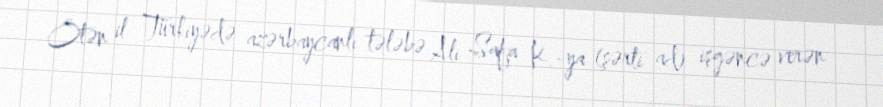
Ötən il Türkiyədə azərbaycanlı tələbə Ali Safa K.-ya (şərti ad) işgəncə verən